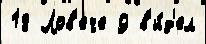
18 Лов'ече 9 в'и́д'ел